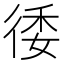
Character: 㣦